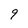
Character: 9